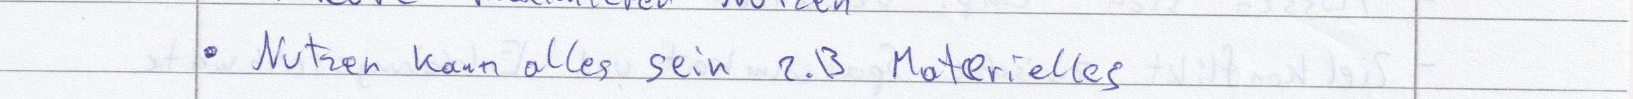
Nutzen kann alles sein z.B Materielles